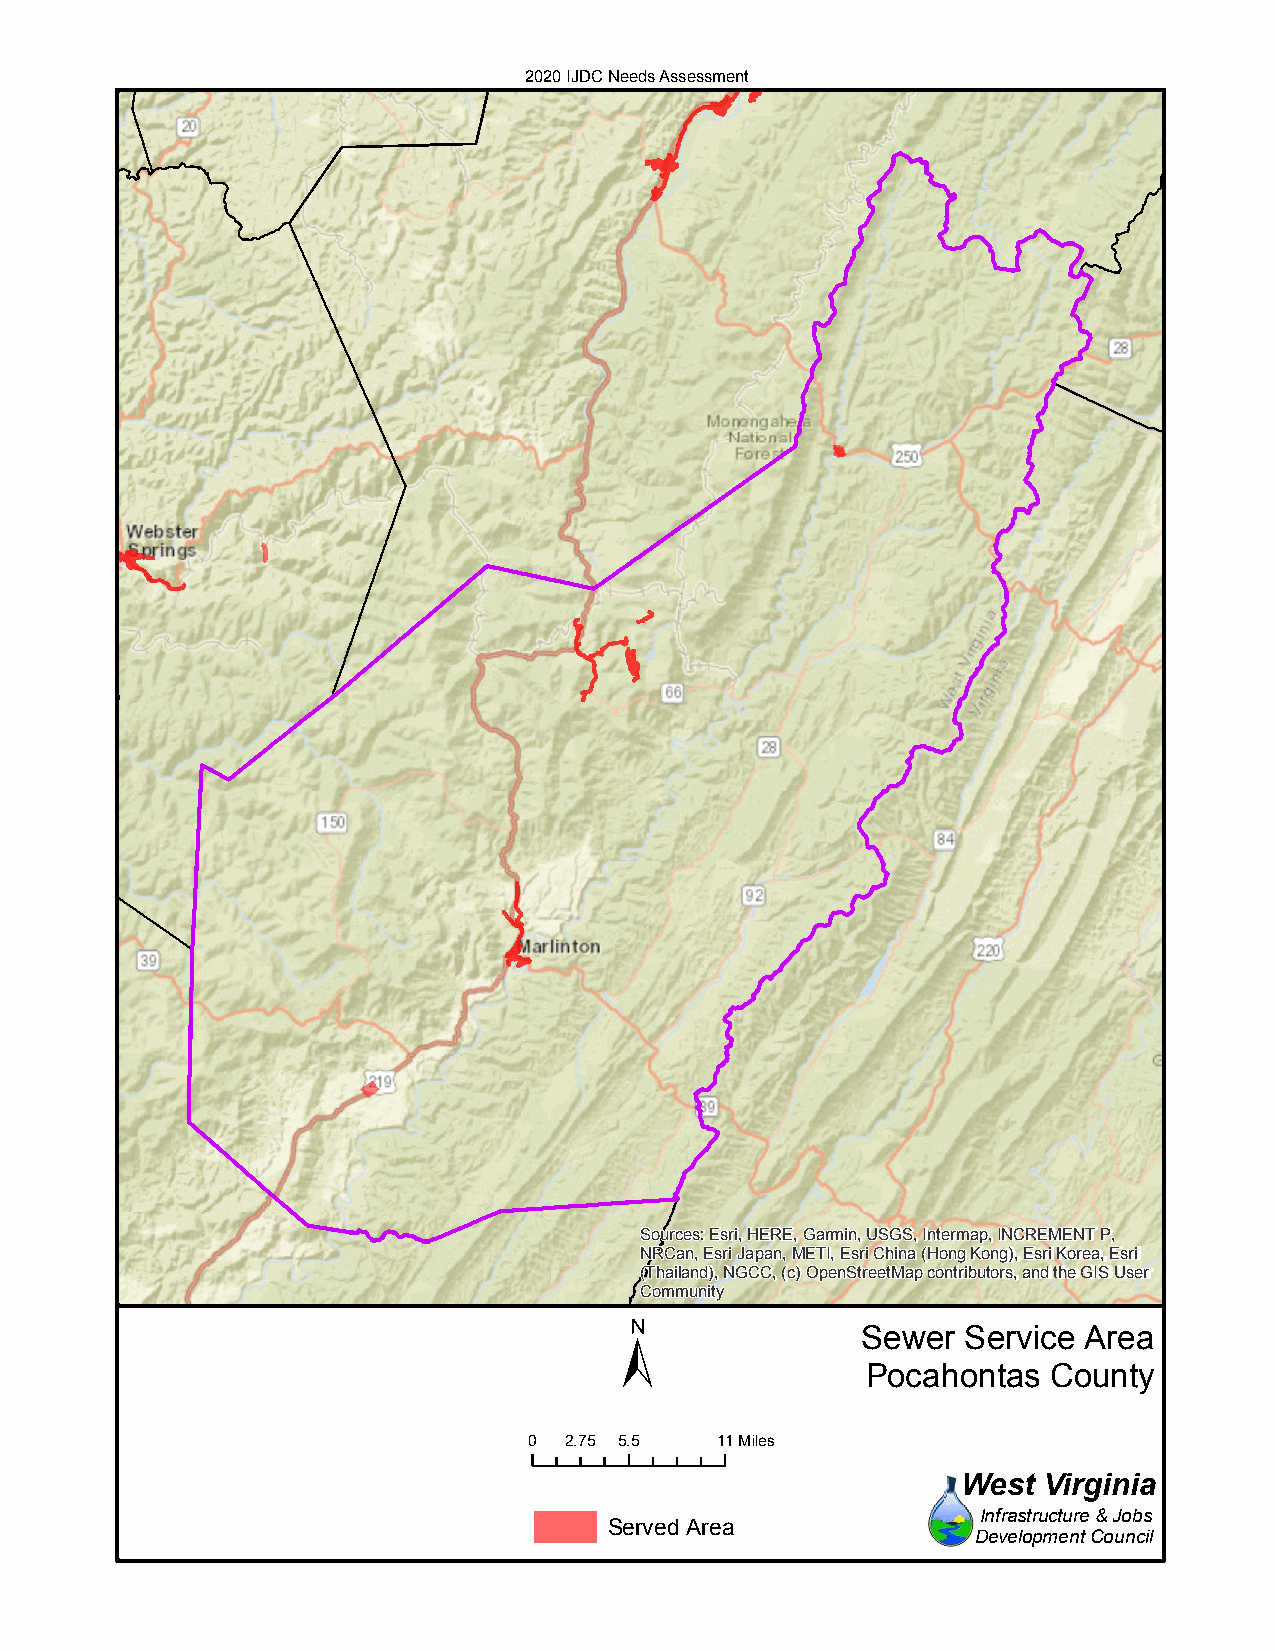
2020 IJDC Needs Assessment
 Sources: Esri, HERE, Garmin, USGS, Intermap, INCREMENT P,
 NRCan, Esri Japan, METI, Esri China (Hong Kong), Esri Korea, Esri
 (Thailand), NGCC, (c) OpenStreetMap contributors, and the GIS User
 Community
 ±
 Sewer  Service Area
 Pocahontas  County
 0 2.75 5.5  11Miles
 West Virginia
 Infrastructure & Jobs
 Served Area
 Development Council